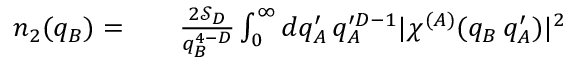
\begin{array} { r l r } { n _ { 2 } ( q _ { B } ) = } & { { } } & { \frac { 2 \mathcal { S } _ { D } } { q _ { B } ^ { 4 - D } } \int _ { 0 } ^ { \infty } d q _ { A } ^ { \prime } \, q _ { A } ^ { \prime D - 1 } | \chi ^ { ( A ) } ( q _ { B } \, q _ { A } ^ { \prime } ) | ^ { 2 } } \end{array}